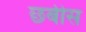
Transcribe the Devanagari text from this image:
छबीस